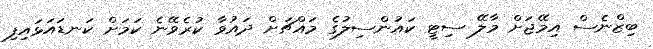
ބިޒްނެސް އިމޭޖަށް މާލޭ ސިޓީ ކައުންސިލުގެ މައްޗަށް ދައުވާ ކުރެވޭނެ ކަމަށް ކަނޑައަޅައިފި